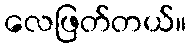
လေဖြတ်တယ်။